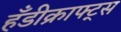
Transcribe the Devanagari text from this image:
हँडीक्राफ्ट्स